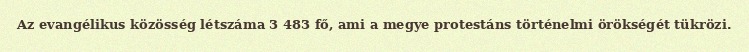
Az evangélikus közösség létszáma 3 483 fő, ami a megye protestáns történelmi örökségét tükrözi.